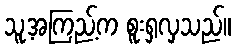
သူ့အကြည့်က စူးရှလှသည်။